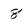
Character: 8